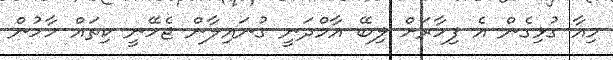
މިއާ ގުޅިގެން އެ ފިހާރަށް ލިބޭ އާމްދަނީ ގުނައިލާން ޖެހޭނީ ކިތައް ހާހުން